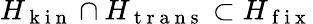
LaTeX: H_{\mathrm{~k~i~n~}}\cap H_{\mathrm{~t~r~a~n~s~}}\subset H_{\mathrm{~f~i~x~}}